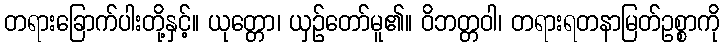
တရားခြောက်ပါးတို့နှင့်။ ယုတ္တော၊ ယှဉ်တော်မူ၏။ ဝိဘတ္တဝါ၊ တရားရတနာမြတ်ဥစ္စာကို